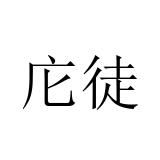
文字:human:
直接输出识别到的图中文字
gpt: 庀徒